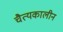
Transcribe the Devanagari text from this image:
चैत्यकालीन